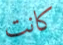
كانت